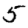
Digit: 5